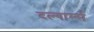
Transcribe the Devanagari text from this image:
दल्गार्म्स